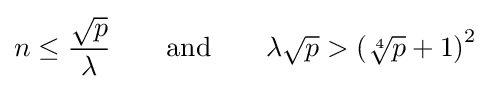
n\leq {\frac {\sqrt {p}}{\lambda }}\qquad {\text{and}}\qquad \lambda {\sqrt {p}}>\left({\sqrt[{4}]{p}}+1\right)^{2}